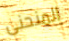
المنحنى